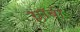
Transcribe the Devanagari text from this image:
ग्लॉबी